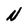
Character: N